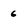
Character: 6